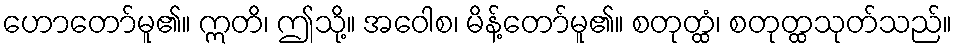
ဟောတော်မူ၏။ ဣတိ၊ ဤသို့။ အဝေါစ၊ မိန့်တော်မူ၏။ စတုတ္ထံ၊ စတုတ္ထသုတ်သည်။